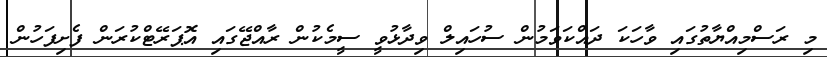
މި ރަސްމިއްޔާތުގައި ވާހަކަ ދައްކަވަމުން ސުހައިލް ވިދާޅުވީ ސީމެކުން ރާއްޖޭގައި އޮޕަރޭޓްކުރަން ފެށިފަހުން